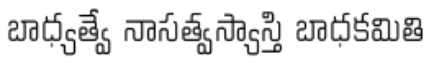
బాధ్యత్వే నాసత్వస్యాస్తి బాధకమితి